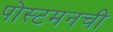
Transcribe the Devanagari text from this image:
पोस्टमनची